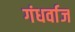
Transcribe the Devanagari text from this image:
गंधर्वाज